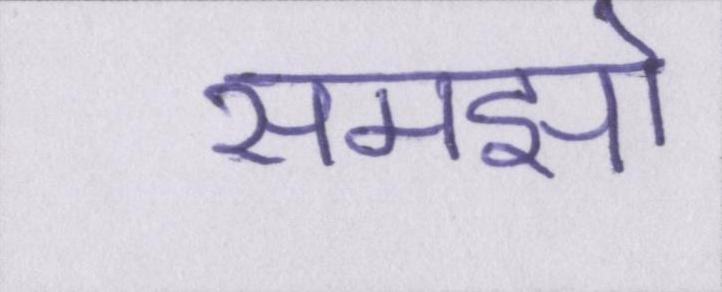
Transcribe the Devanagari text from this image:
समझो